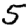
Digit: 5